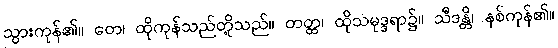
သွားကုန်၏။ တေ၊ ထိုကုန်သည်တို့သည်။ တတ္ထ၊ ထိုသမုဒ္ဒရာ၌။ သီဒန္တိ၊ နစ်ကုန်၏။